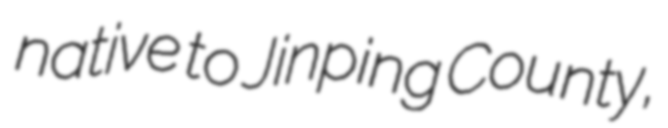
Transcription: native to Jinping County,